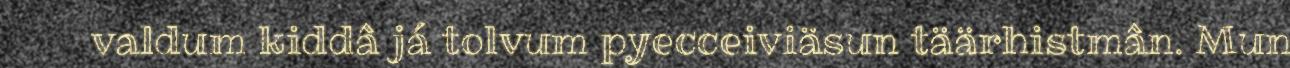
valdum kiddâ já tolvum pyecceiviäsun täärhistmân. Mun